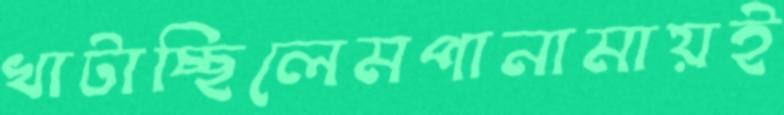
খাটাচ্ছিলেমপানামায়ই